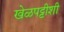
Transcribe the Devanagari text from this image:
खेळपट्टीशी